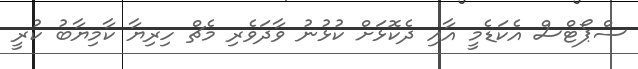
ސްޕޯޓްސް އެކަޑެމީ އާއި ދެކޮޅަށް ކުޅުނު ވާދަވެރި މެޗް ހިރިޔާ ކާމިޔާބު ކުރީ